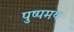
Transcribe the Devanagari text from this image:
पुष्पमय